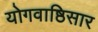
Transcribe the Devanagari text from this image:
योगवाष्ठिसार